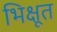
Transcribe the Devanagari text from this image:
भिक्षूत